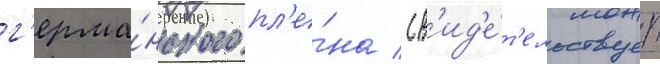
г'ерма́нского пл'е́на / св'ид'е́т'ельствует